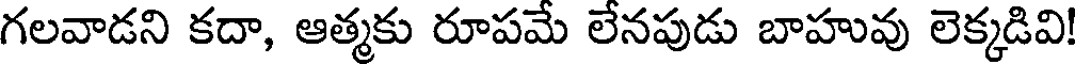
గలవాడని కదా, ఆత్మకు రూపమే లేనపుడు బాహువు లెక్కడివి!